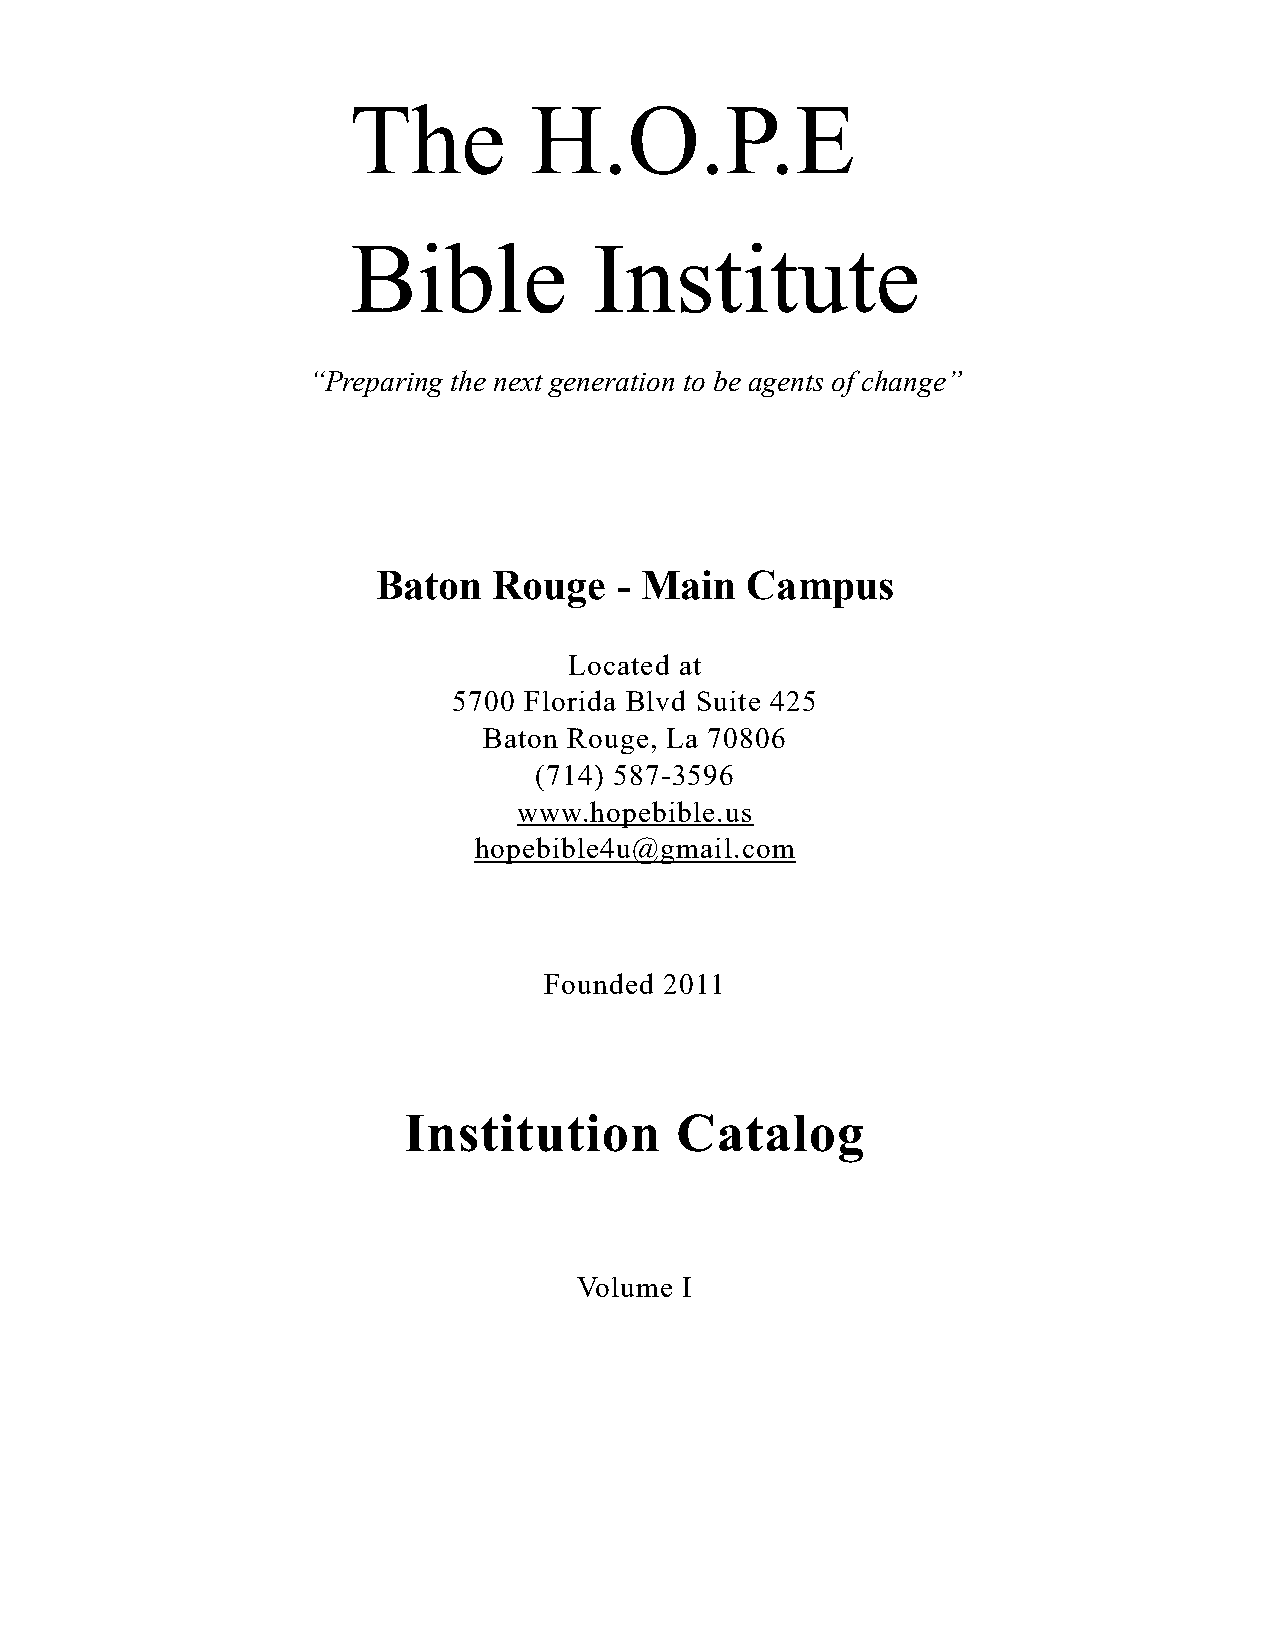
The         H.O.P.E
 Bible           Institute
 “Preparing the next generation to be agents of change”
 Baton   Rouge   - Main  Campus
 Located at
 5700 Florida Blvd Suite 425
 Baton Rouge, La 70806
 (714) 587-3596
 www.hopebible.us
 hopebible4u@gmail.com
 Founded 2011
 Institution       Catalog
 Volume I